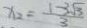
x _ { 2 } = \frac { 1 - 3 \sqrt { 3 } } { 3 }